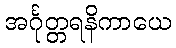
အင်္ဂုတ္တရနိကာယေ